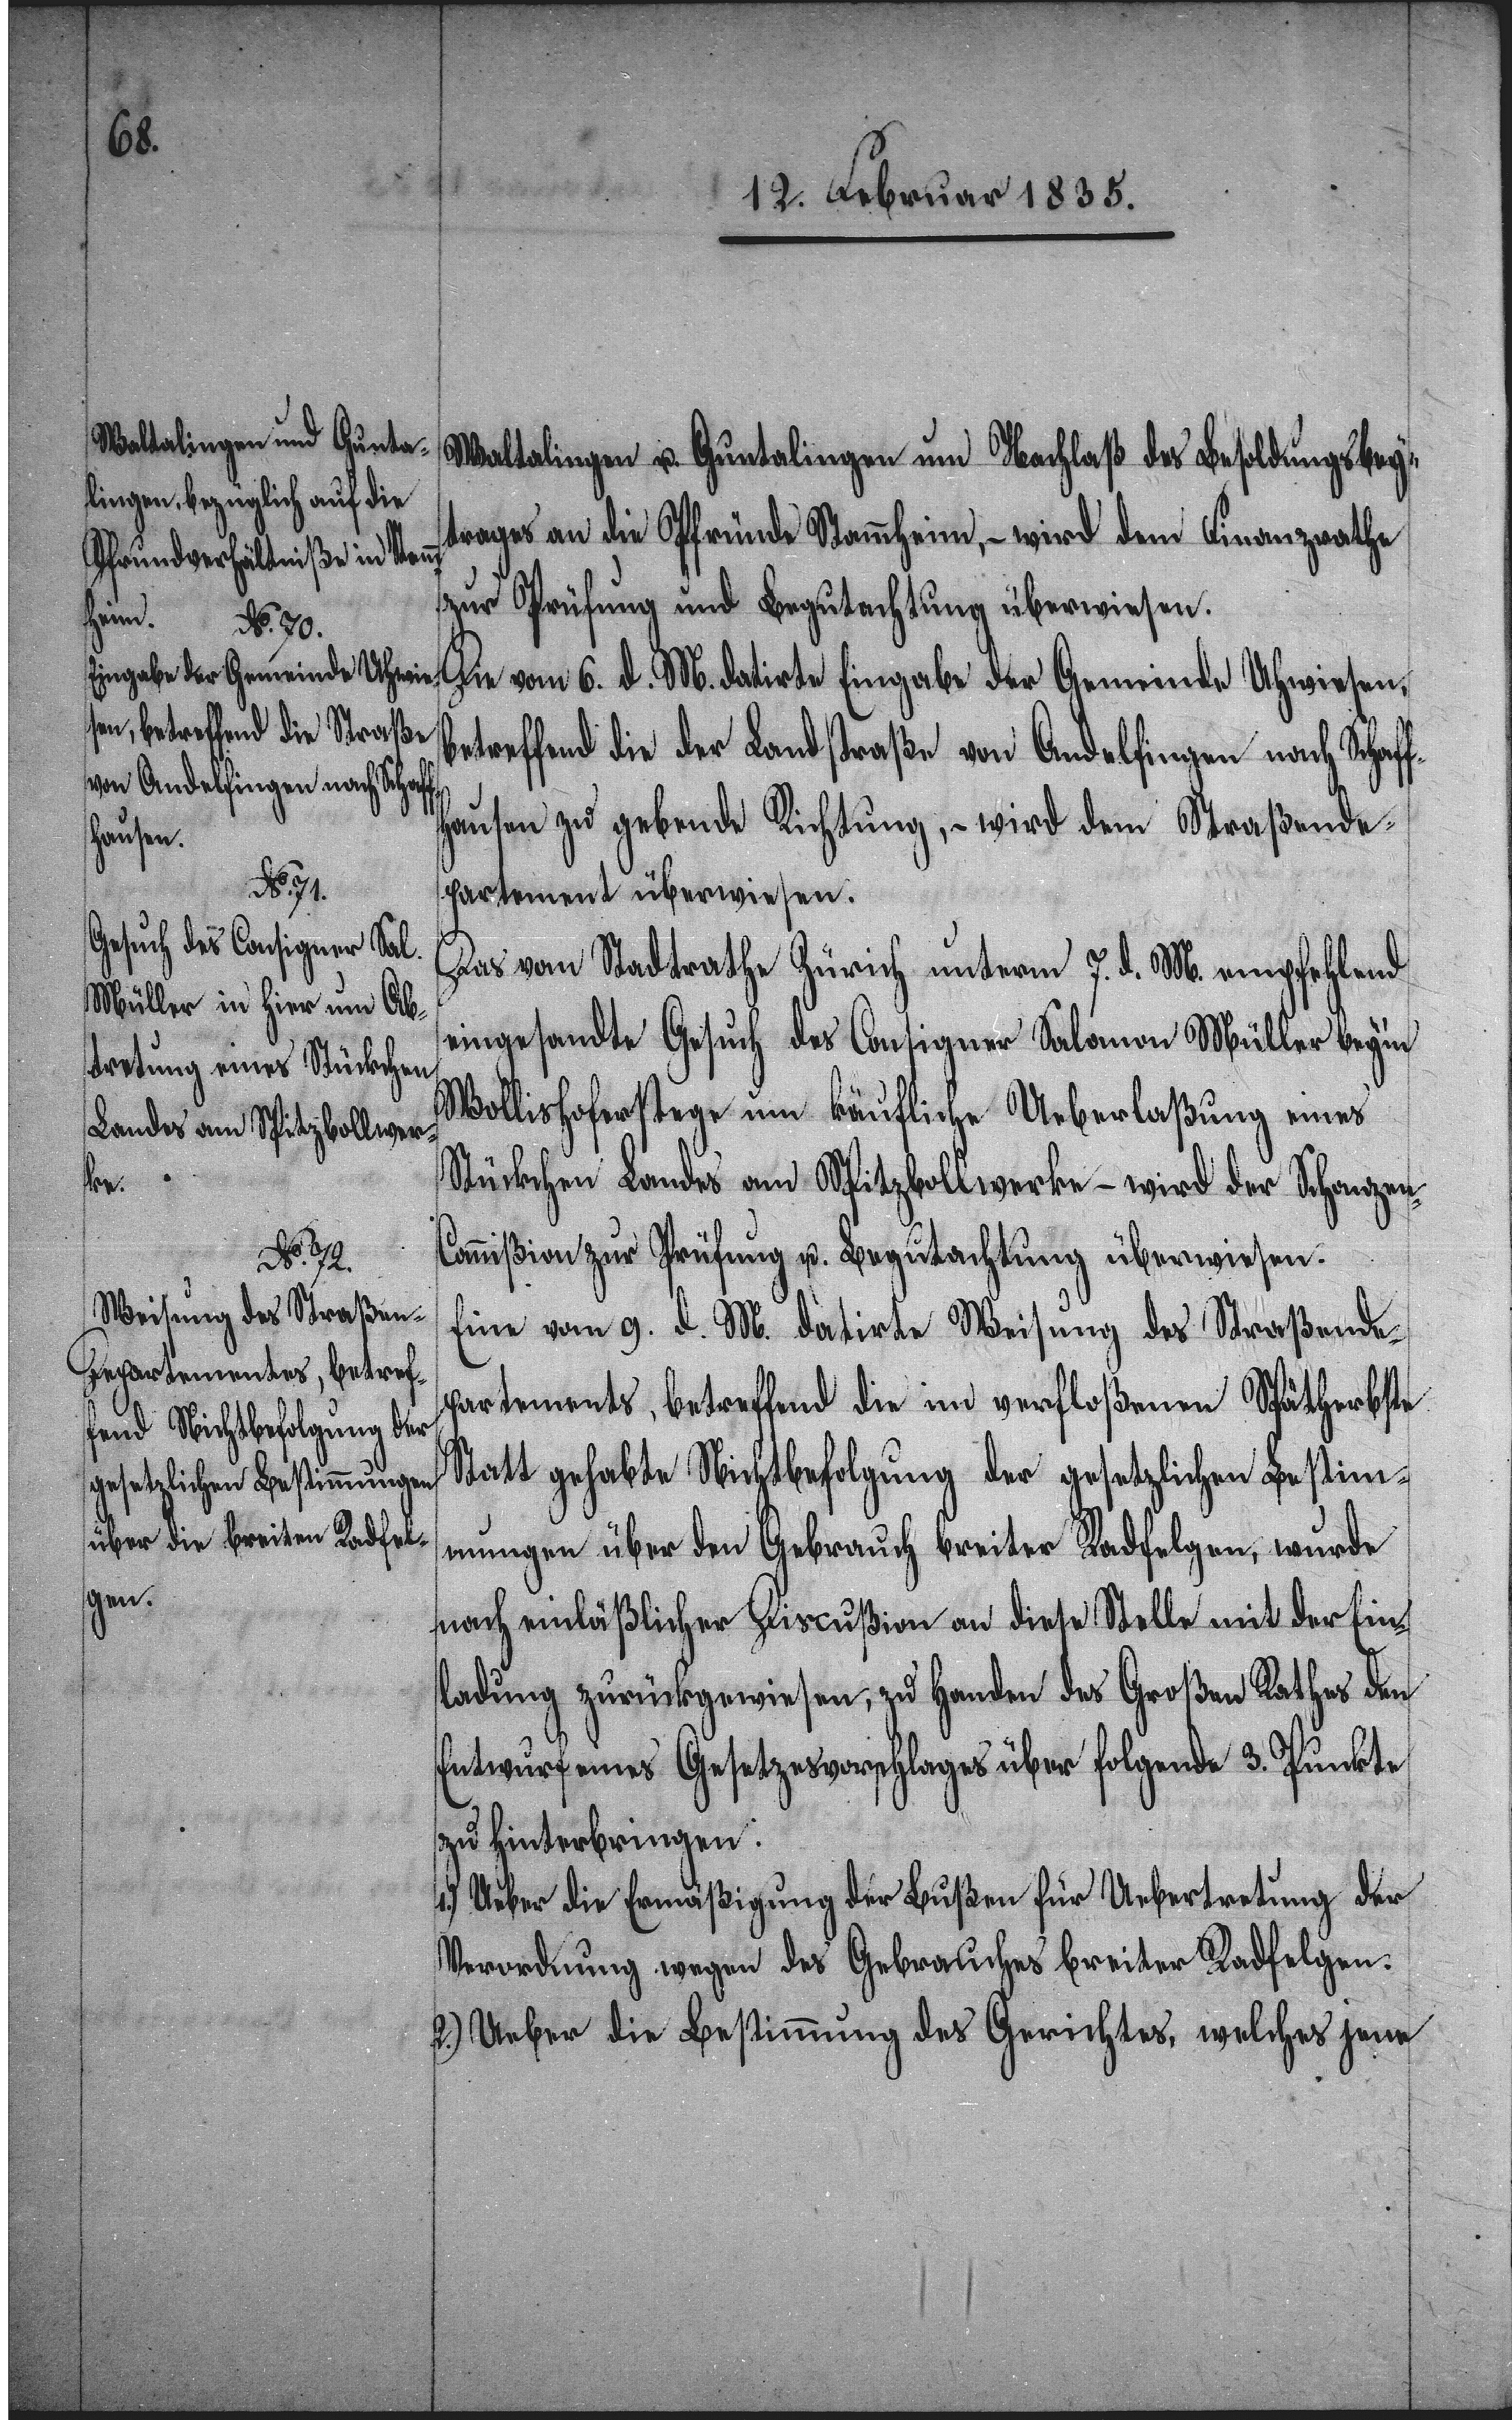
Waltalingen und Guntalingen um Nachlaß des Besoldungsbey¬
trages an die Pfründe Stammheim, – wird dem Finanzrathe
zur Prüfung und Begutachtung überwiesen.
Die vom 6. d. M. datirte Eingabe der Gemeinde Uhwiesen,
betreffend die der Landstraße von Andelfingen nach Schaff¬
hausen zu gebende Richtung, – wird dem Straßende¬
partement überwiesen.
Das vom Stadtrath Zürich unterm 7. d. M. empfehlend
eingesandte Gesuch des Consigner Salomon Müller beym
Wollishoferstege um käufliche Ueberlaßung eines
Stückchen Landes am Spitzbollwerke – wird der Schanzen-C¬
ommißion zur Prüfung u. Begutachtung überwiesen.
Eine vom 9. d. M. datirte Weisung des Straßende¬
partements, betreffend die im verfloßenen Spätherbste
Statt gehabte Nichtbefolgung der gesetzlichen Bestim¬
mungen über den Gebrauch breiter Radfelgen, wurde
nach einläßlicher Discußion an diese Stelle mit der Ein¬
ladung zurückgewiesen, zu Handen des Großen Rathes den
Entwurf eines Gesetzesvorschlages über folgende 3. Punkte
zu hinterbringen:
1.) Ueber die Ermäßigung der Bußen für Uebertretung der
Verordnung wegen des Gebrauches breiter Radfelgen.
2.) Ueber die Bestimmung des Gerichtes, welches jene